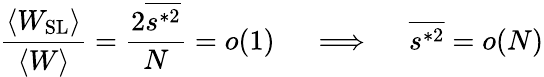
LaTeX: \frac{\langle W_{\mathrm{SL}}\rangle}{\langle W\rangle}=\frac{2\overline{{s^{*2}}}}{N}=o(1)\quad\implies\quad\overline{{s^{*2}}}=o(N)